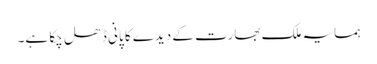
ہمسایہ ملک بھارت کے دیدے کا پانی ڈھل چکا ہے۔